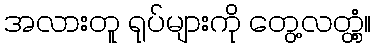
အလားတူ ရုပ်များကို တွေ့လတ္တံ့။